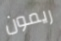
ريمون